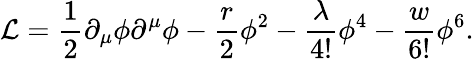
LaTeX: {\cal L}=\frac{1}{2}\partial_{\mu}\phi\partial^{\mu}\phi-\frac{r}{2}\phi^{2}-\frac{\lambda}{4!}\phi^{4}-\frac{w}{6!}\phi^{6}.